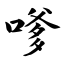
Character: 嗲